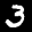
Label: 3